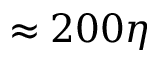
\approx 2 0 0 \eta